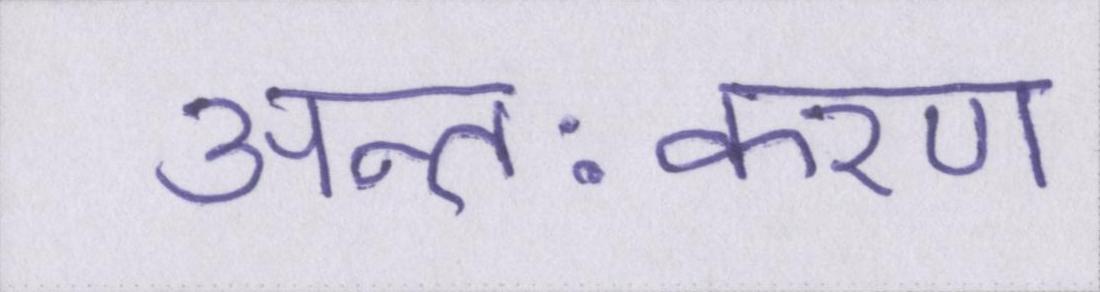
अन्तःकरण